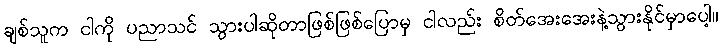
ချစ်သူက ငါကို ပညာသင် သွားပါဆိုတာဖြစ်ဖြစ်ပြောမှ ငါလည်း စိတ်အေးအေးနဲ့သွားနိုင်မှာပေါ့။